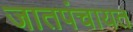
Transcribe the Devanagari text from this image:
जातपंचायत